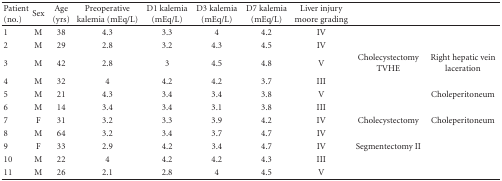
| Patient (no.) | Sex | Age (yrs) | Preoperative kalemia (mEq/L) | D1 kalemia (mEq/L) | D3 kalemia (mEq/L) | D7 kalemia (mEq/L) | Liver injury moore grading |  |  |
 | --- | --- | --- | --- | --- | --- | --- | --- | --- | --- |
 | 1 | M | 38 | 4.3 | 3.3 | 4 | 4.2 | IV |  |  |
 | 2 | M | 29 | 2.8 | 3.2 | 4.3 | 4.5 | IV |  |  |
 | 3 | M | 42 | 2.8 | 3 | 4.5 | 4.8 | V | Cholecystectomy TVHE | Right hepatic vein laceration |
 | 4 | M | 32 | 4 | 4.2 | 4.2 | 3.7 | III |  |  |
 | 5 | M | 21 | 4.3 | 3.4 | 3.4 | 3.8 | V |  | Choleperitoneum |
 | 6 | M | 14 | 3.4 | 3.4 | 3.1 | 3.8 | III |  |  |
 | 7 | F | 31 | 3.2 | 3.3 | 3.9 | 4.2 | IV | Cholecystectomy | Choleperitoneum |
 | 8 | M | 64 | 3.2 | 3.4 | 3.7 | 4.7 | IV |  |  |
 | 9 | F | 33 | 2.9 | 4.2 | 3.4 | 4.7 | IV | Segmentectomy II |  |
 | 10 | M | 22 | 4 | 4.2 | 4.2 | 4.3 | III |  |  |
 | 11 | M | 26 | 2.1 | 2.8 | 4 | 4.5 | V |  |  |